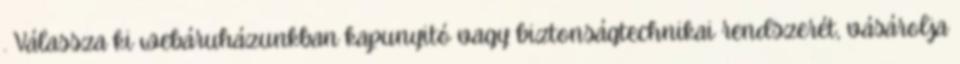
. Válassza ki webáruházunkban kapunyitó vagy biztonságtechnikai rendszerét, vásárolja